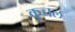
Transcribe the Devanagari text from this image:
कुच्चल